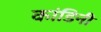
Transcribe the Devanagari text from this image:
कांडिनी